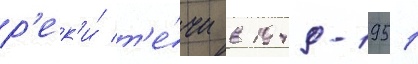
р'ек'и́ т'е́чи в 1949-1951